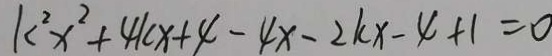
k ^ { 2 } x ^ { 2 } + 4 k x + 4 - 4 x - 2 k x - 4 + 1 = 0